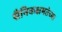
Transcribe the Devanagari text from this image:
सैनिकक्षमतेच्या